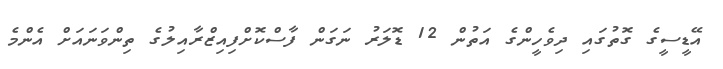
އޭޑީސީގެ ގޮތުގައި ދިވެހީންގެ އަތުން 12 ޑޮލަރު ނަގަން ފާސްކޮށްފިއިޒްރާއިލުގެ ތިންވަނައަށް އެންމެ